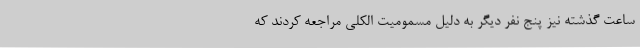
ساعت گذشته نیز پنج نفر دیگر به دلیل مسمومیت الکلی مراجعه کردند که